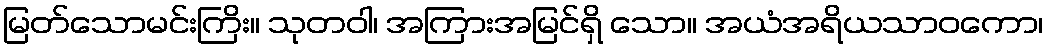
မြတ်သောမင်းကြိး။ သုတဝါ၊ အကြားအမြင်ရှိ သော။ အယံအရိယသာဝကော၊